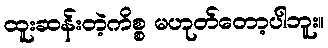
ထူးဆန်းတဲ့ကိစ္စ မဟုတ်တော့ပါဘူး။